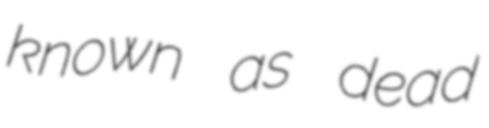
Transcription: known as dead